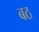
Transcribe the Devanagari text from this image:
बठ